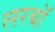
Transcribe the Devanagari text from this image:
लरबॉ